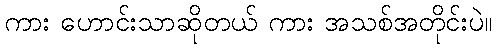
ကား ဟောင်းသာဆိုတယ် ကား အသစ်အတိုင်းပဲ။